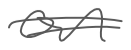
Text: on
Cross-out: double-line
Writing tool: digital_gray